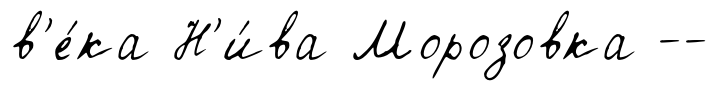
в'е́ка Н'и́ва Морозовка --